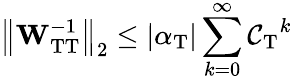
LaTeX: \left\Vert\mathbf{W}_{\mathrm{TT}}^{-1}\right\Vert_{2}\leq|\alpha_{\mathrm{T}}|\sum_{k=0}^{\infty}\mathcal{C_{\mathrm{T}}}^{k}